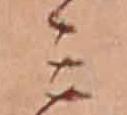
ミ